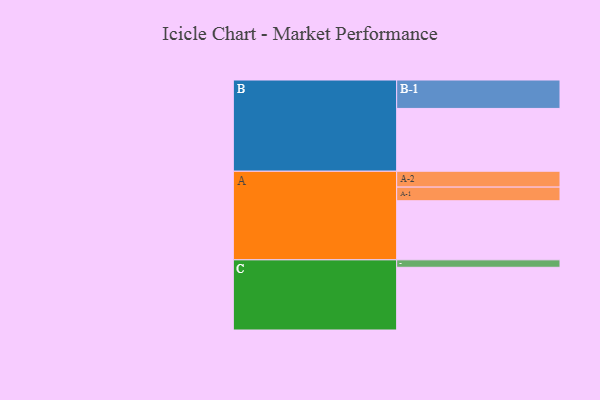
{"axis": {"x": "Segment", "y": "Value"}, "legend": ["", "A", "B", "C"], "data": [{"x": "A", "y": 555, "type": ""}, {"x": "B", "y": 590, "type": ""}, {"x": "C", "y": 589, "type": ""}, {"x": "A-1", "y": 128, "type": "A"}, {"x": "A-2", "y": 149, "type": "A"}, {"x": "B-1", "y": 267, "type": "B"}, {"x": "C-1", "y": 70, "type": "C"}]}